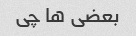
بعضی ها چی